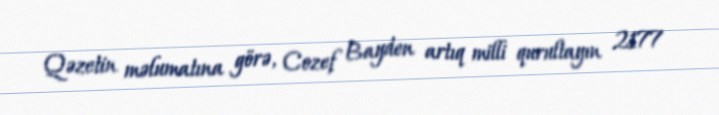
Qəzetin məlumatına görə, Cozef Bayden artıq milli qurultayın 2177